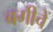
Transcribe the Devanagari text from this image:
बगीचें